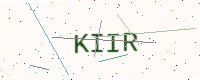
Text: KIIR